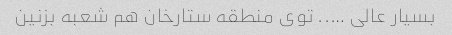
بسیار عالی ….. توی منطقه ستارخان هم شعبه بزنین